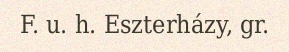
F. u. h. Eszterházy, gr.